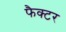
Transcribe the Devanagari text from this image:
फैक्‍टर